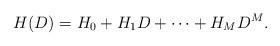
LaTeX: \begin{align*}H(D)=H_0+H_1D+ \cdots +H_MD^M .\end{align*}